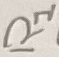
Text: R1